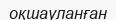
оқшауланған